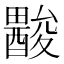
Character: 𨢽